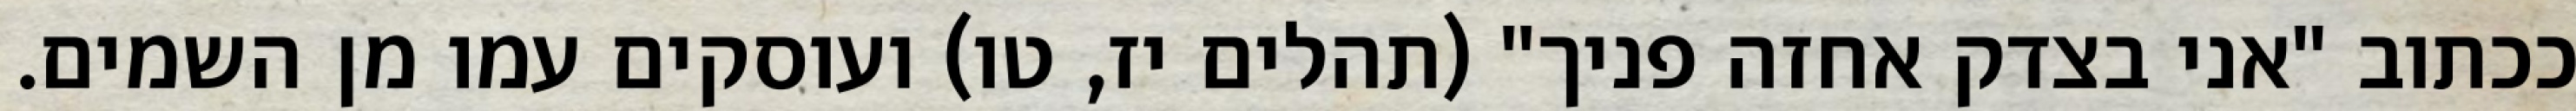
ככתוב "אני בצדק אחזה פניך" (תהלים יז, טו) ועוסקים עמו מן השמים.